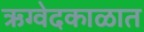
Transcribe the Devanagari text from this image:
ऋग्वेदकाळात